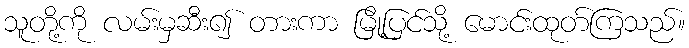
သူတို့ကို လမ်းမှဆီး၍ တားကာ မြို့ပြင်သို့ မောင်းထုတ်ကြသည်။